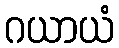
ဂယာယံ